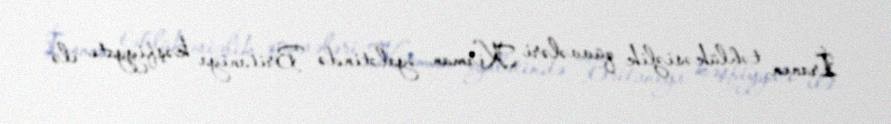
İranın təhlükəsizlik qüvvələri Kirman əyalətində Britaniya kəşfiyyatı ilə